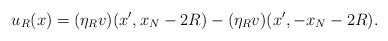
\begin{align*} u_{R} (x) =(\eta_R v) (x', x_N - 2R) - (\eta_R v) (x', - x_N - 2R).\end{align*}